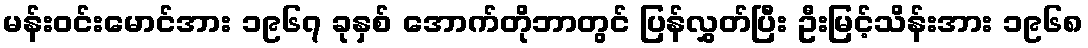
မန်းဝင်းမောင်အား ၁၉၆၇ ခုနှစ် အောက်တိုဘာတွင် ပြန်လွှတ်ပြီး ဦးမြင့်သိန်းအား ၁၉၆၈